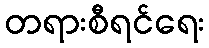
တရားစီရင်ရေး